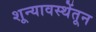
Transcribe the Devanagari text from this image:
शून्यावस्थेंतून